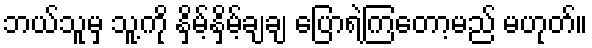
ဘယ်သူမှ သူ့ကို နှိမ့်နှိမ့်ချချ ပြောရဲကြတော့မည် မဟုတ်။